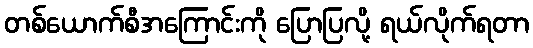
တစ်ယောက်စီအကြောင်းကို ပြောပြလို့ ရယ်လိုက်ရတာ